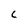
Character: C